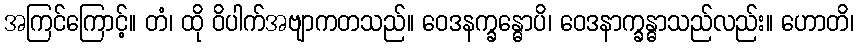
အကြင်ကြောင့်။ တံ၊ ထို ဝိပါက်အဗျာကတသည်။ ဝေဒနက္ခန္ဓောပိ၊ ဝေဒနာက္ခန္ဓာသည်လည်း။ ဟောတိ၊